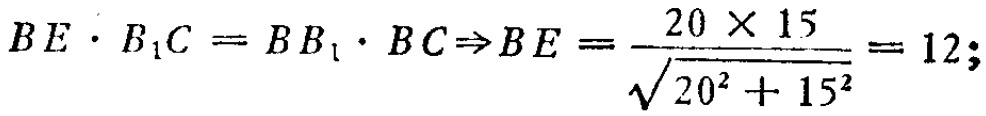
\[BE\cdot B_{1}C = BB_{1}\cdot BC\Rightarrow BE=\frac{20\times 15}{\sqrt{20^{2}+15^{2}}}=12;\]